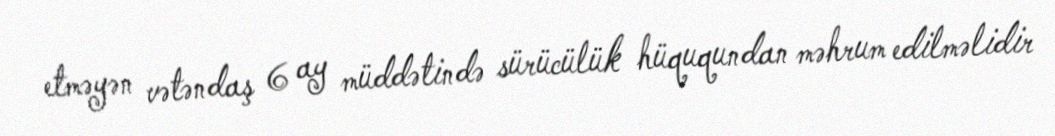
etməyən vətəndaş 6 ay müddətində sürücülük hüququndan məhrum edilməlidir